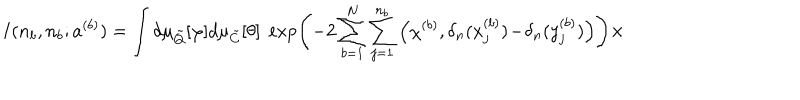
I ( n _ { b } , n _ { b } ; a ^ { ( b ) } ) = \int d \mu _ { \tilde { Q } } [ \varphi ] d \mu _ { \tilde { C } } [ \theta ] \; \exp \left( - 2 \sum _ { b = 1 } ^ { N } \sum _ { j = 1 } ^ { n _ { b } } \Big ( \chi ^ { ( b ) } , \delta _ { n } ( x _ { j } ^ { ( b ) } ) \! - \! \delta _ { n } ( y _ { j } ^ { ( b ) } ) \Big ) \right) \times